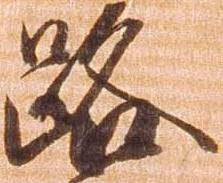
路